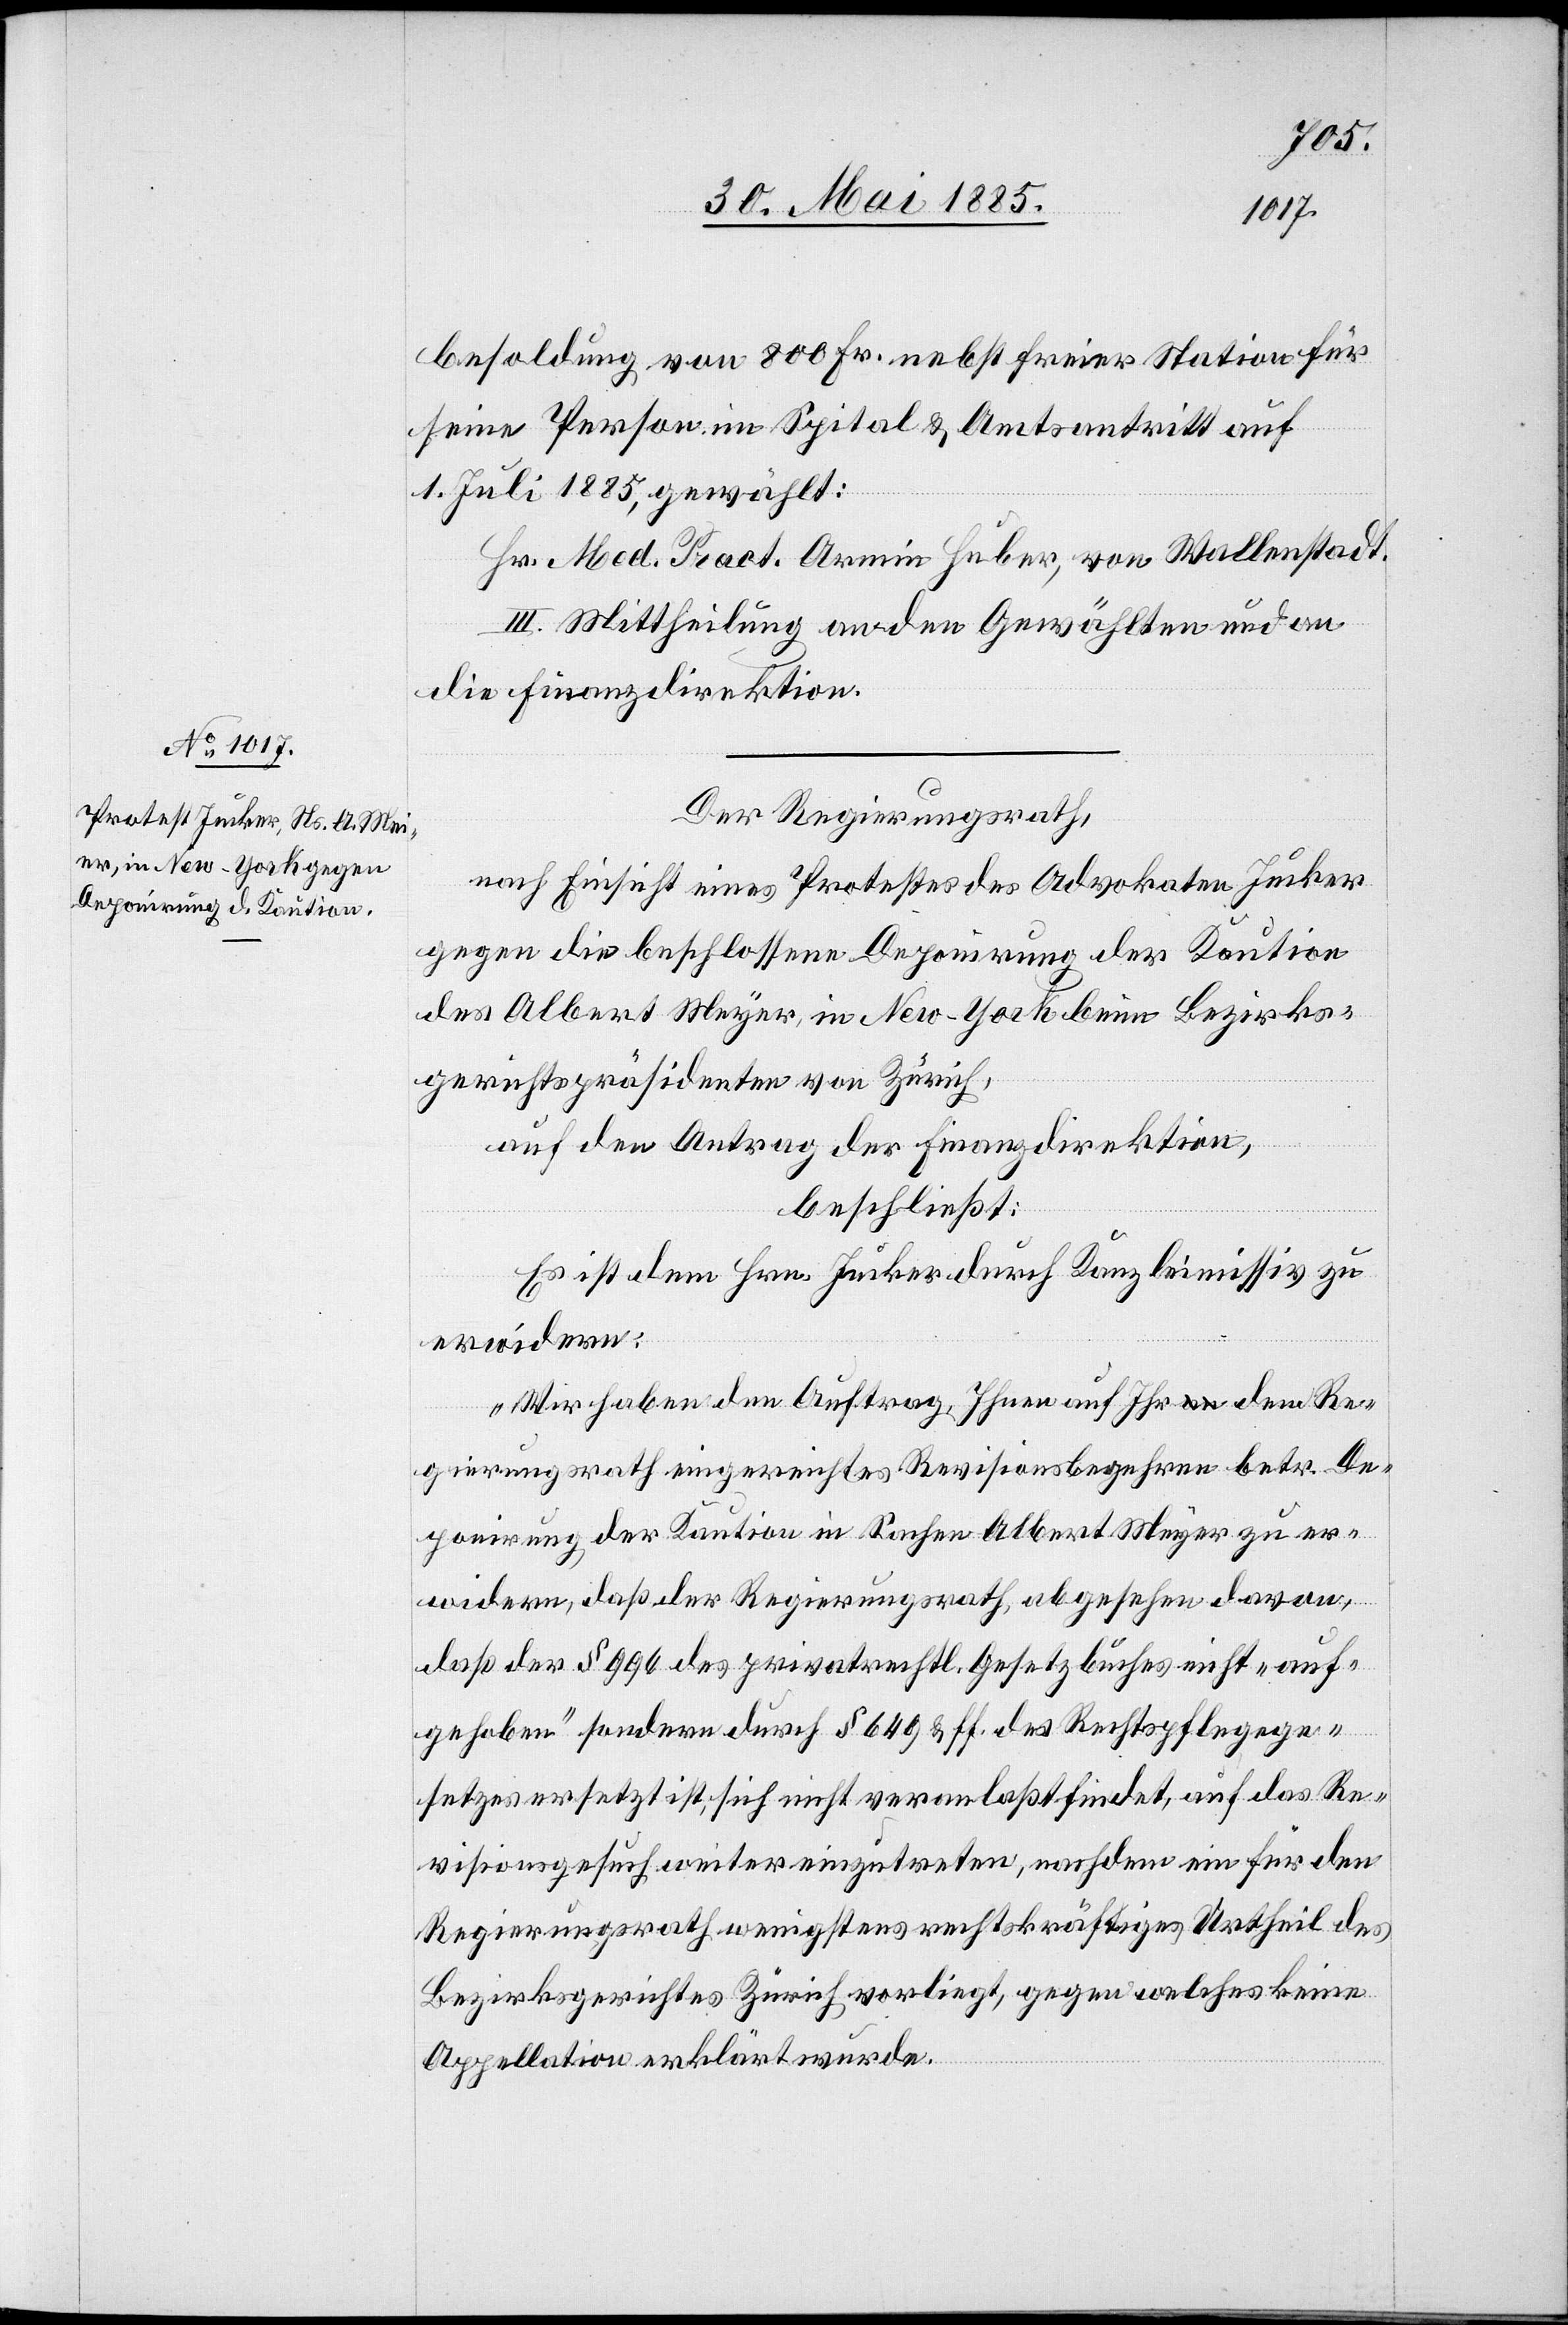
besoldung von 800 Fr. nebst freier Station für
seine Person im Spital & Amtsantritt auf
1. Juli 1885, gewählt:
Hr. Med. Pract. Armin Huber, von Wallenstadt.
III. Mittheilung an den Gewählten und an
die Finanzdirektion.
Der Regierungsrath,
nach Einsicht eines Protestes des Advokaten Jucker
gegen die beschlossene Deponirung der Kaution
des Albert Meyer [sic!], in New-York beim Bezirks¬
gerichtspräsidenten von Zürich,
auf den Antrag der Finanzdirektion,
beschließt:
Es ist dem Hrn. Jucker durch Kanzleimissiv zu
erwidern:
„Wir haben den Auftrag, Ihnen auf Ihr dem Re¬
gierungsrath eingereichtes Revisionsbegehren betr. De¬
ponirung der Kaution in Sachen Albert Meyer zu er¬
widern, daß der Regierungsrath, abgesehen davon,
daß der § 996 des privatrechtl. Gesetzbuches nicht „auf¬
gehoben“ sondern durch § 649 & ff. des Rechtspflegege¬
setzes ersetzt ist, sich nicht veranlaßt findet, auf das Re¬
visionsgesuch weiter einzutreten, nachdem ein für den
Regierungsrath wenigstens rechtskräftiges Urtheil des
Bezirksgerichtes Zürich vorliegt, gegen welches keine
Appellation erklärt wurde.